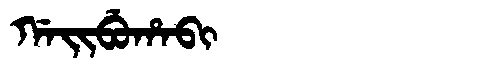
Manchu: ᡤᠠᡳᠪᡠᡥᠠᠪᡳ
Romanization: GAIBUHABI